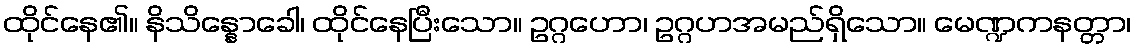
ထိုင်နေ၏။ နိသိန္နောခေါ၊ ထိုင်နေပြီးသော။ ဥဂ္ဂဟော၊ ဥဂ္ဂဟအမည်ရှိသော။ မေဏ္ဍကနတ္တာ၊